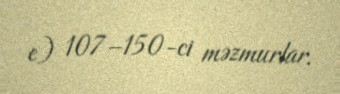
e) 107–150-ci məzmurlar.